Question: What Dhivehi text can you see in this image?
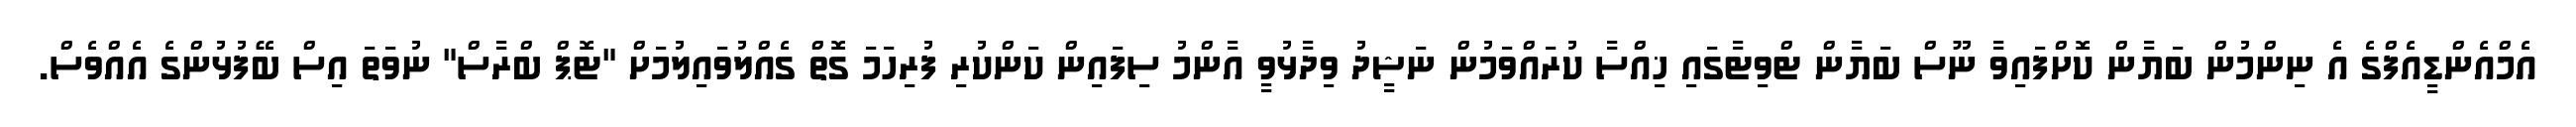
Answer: އެމްއެންޑީއެފްގެ އެ ނިންމުން ބަޔާން ކޮށްފައިވާ ނޫސް ބަޔާން ޓްވިޓާގައި ޚިއްސާ ކުރައްވަމުން ނަޝީދު ވިދާޅުވީ އާންމު ސިފައިން ކަންކުރި ފުރިހަމަ ގޮތް ގެއްލުވައިލުމަށް "ޓޮޕް ބްރާސް" ނުވަތަ އިސް ބޭފުޅުންގެ އެއްވެސް.